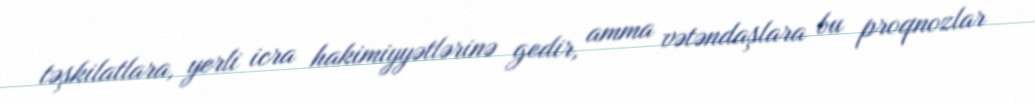
təşkilatlara, yerli icra hakimiyyətlərinə gedir, amma vətəndaşlara bu proqnozlar